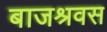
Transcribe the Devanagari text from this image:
बाजश्रवस